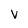
Character: V